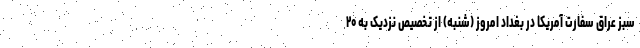
سبز عراق سفارت آمریکا در بغداد امروز (شنبه) از تخصیص نزدیک به ۲۰